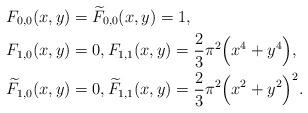
LaTeX: \begin{align*}&F_{0,0} (x,y) = \widetilde{F}_{0,0} (x,y) = 1, \\&F_{1,0} (x,y)=0, F_{1,1} (x,y) = \frac{2}{3} \pi^2 \Bigl( x^4 + y^4 \Bigr), \\&\widetilde{F}_{1,0} (x,y)=0, \widetilde{F}_{1,1} (x,y) = \frac{2}{3} \pi^2 \Bigl( x^2 + y^2 \Bigr)^2.\end{align*}